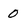
Character: 0